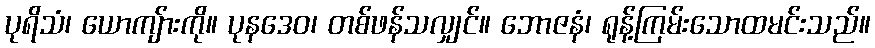
ပုရိသံ၊ ယောကျ်ားကို။ ပုနဒေဝ၊ တစ်ဖန်သလျှင်။ ဘောဇနံ၊ ရုန့်ကြမ်းသောထမင်းသည်။